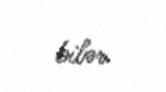
bilər.